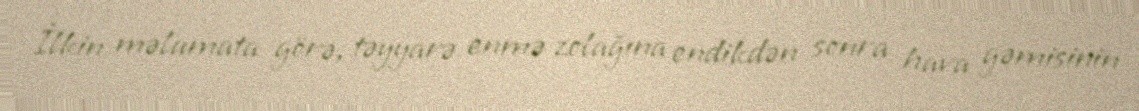
İlkin məlumata görə, təyyarə enmə zolağına endikdən sonra hava gəmisinin